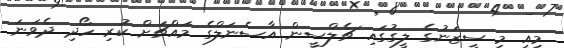
މިއީ މި ސީޒަނުގެ ލީގުގައި ޗެލްސީން އާސެނަލްގެ މައްޗަށް ކުރި ހޯދި ދެވަނަ